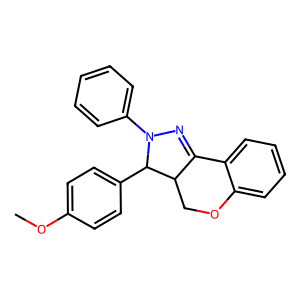
SMILES: COc1ccc(C2C3COc4ccccc4C3=NN2c2ccccc2)cc1
Inhibits HIV replication: No